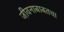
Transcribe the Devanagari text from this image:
जीवनाबाबतचा